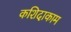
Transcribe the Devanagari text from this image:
कशिदाकाम